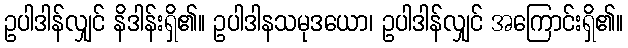
ဥပါဒါန်လျှင် နိဒါန်းရှိ၏။ ဥပါဒါနသမုဒယော၊ ဥပါဒါန်လျှင် အကြောင်းရှိ၏။